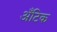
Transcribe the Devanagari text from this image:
अँटिक